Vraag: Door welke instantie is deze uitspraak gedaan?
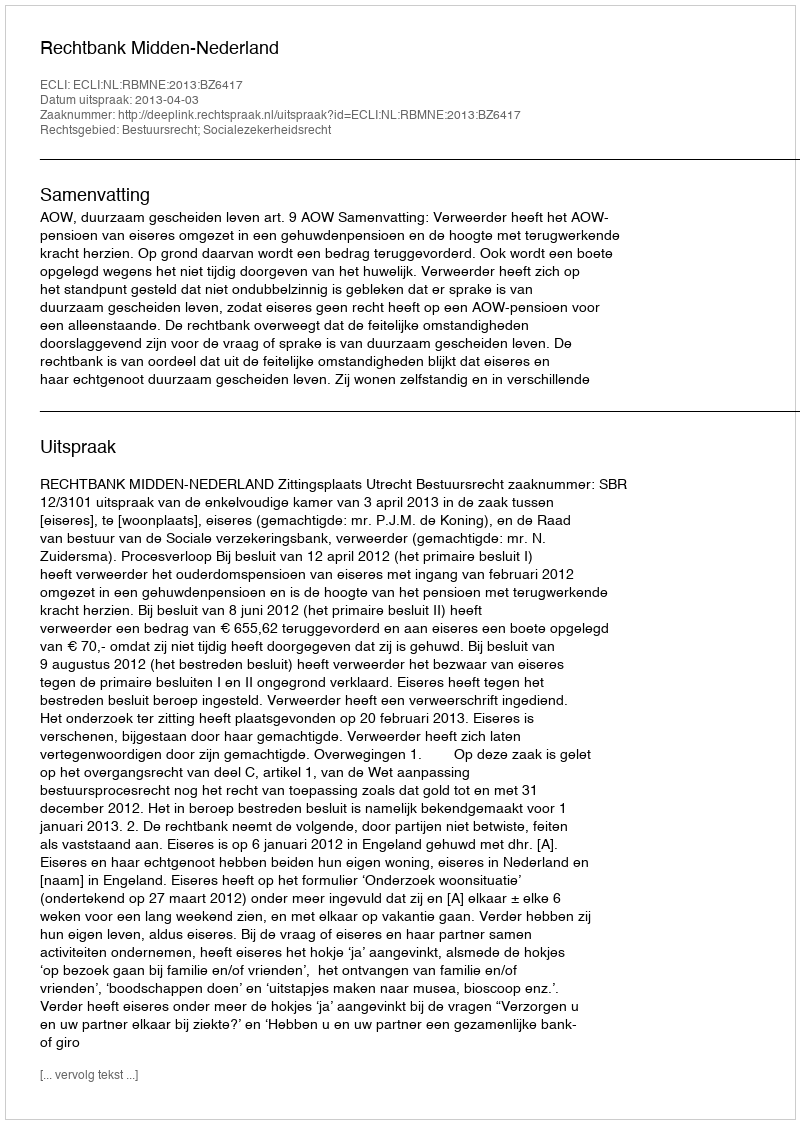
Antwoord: Rechtbank Midden-Nederland